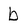
Character: b